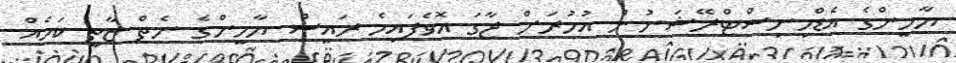
ޔާމީންގެ އެޑްމިނިސްޓްރޭޝަނުން އުމުރަށް ޖާގަ އޮވެފައިމެ ރައީސް ޔާމީންގެ ނެތް ޒާތީ ކަމެއް